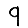
Digit: 9